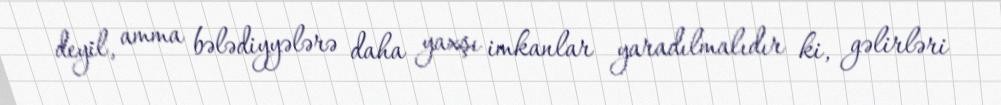
deyil, amma bələdiyyələrə daha yaxşı imkanlar yaradılmalıdır ki, gəlirləri